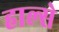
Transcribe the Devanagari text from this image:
हाल्से